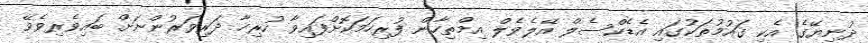
ދުނިޔޭގެ އެކި ގައުމުތަކުގައި އެޑެކްސެލް އޭލެވެލް އިމްތިހާން ފުރިހަމަކޮށްފައިވާ ހުރިހާ ދަރިވަރުންނަށް ބައިވެރިވެވޭ